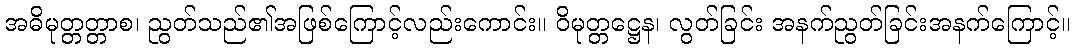
အဓိမုတ္တတ္တာစ၊ ညွတ်သည်၏အဖြစ်ကြောင့်လည်းကောင်း။ ဝိမုတ္တဋ္ဌေန၊ လွတ်ခြင်း အနက်ညွတ်ခြင်းအနက်ကြောင့်။